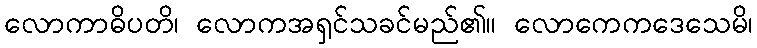
လောကာဓိပတိ၊ လောကအရှင်သခင်မည်၏။ လောကေကဒေသေမိ၊